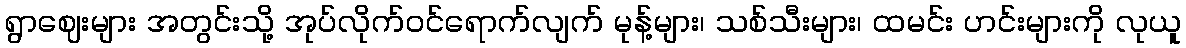
ရွာဈေးများ အတွင်းသို့ အုပ်လိုက်ဝင်ရောက်လျက် မုန့်များ၊ သစ်သီးများ၊ ထမင်း ဟင်းများကို လုယူ